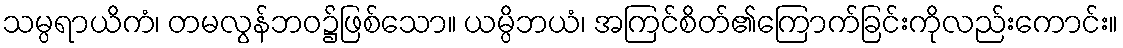
သမ္ပရာယိကံ၊ တမလွန်ဘဝ၌ဖြစ်သော။ ယမ္ပိဘယံ၊ အကြင်စိတ်၏ကြောက်ခြင်းကိုလည်းကောင်း။